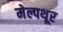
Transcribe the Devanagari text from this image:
मेल्पथूर